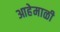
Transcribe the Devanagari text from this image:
आहेमाळी